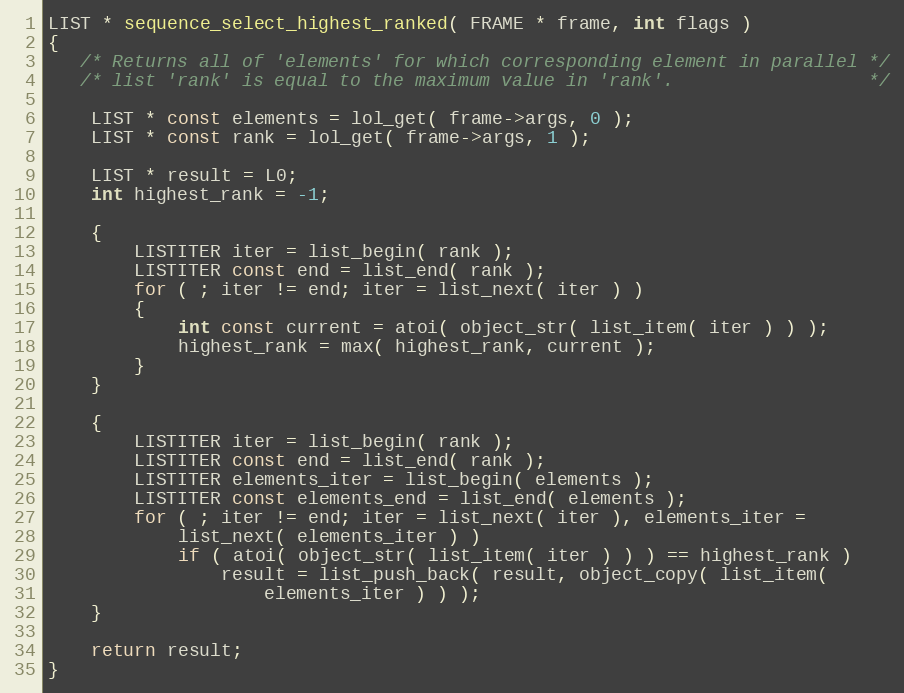
Language: C
LIST * sequence_select_highest_ranked( FRAME * frame, int flags )
{
   /* Returns all of 'elements' for which corresponding element in parallel */
   /* list 'rank' is equal to the maximum value in 'rank'.                  */

    LIST * const elements = lol_get( frame->args, 0 );
    LIST * const rank = lol_get( frame->args, 1 );

    LIST * result = L0;
    int highest_rank = -1;

    {
        LISTITER iter = list_begin( rank );
        LISTITER const end = list_end( rank );
        for ( ; iter != end; iter = list_next( iter ) )
        {
            int const current = atoi( object_str( list_item( iter ) ) );
            highest_rank = max( highest_rank, current );
        }
    }

    {
        LISTITER iter = list_begin( rank );
        LISTITER const end = list_end( rank );
        LISTITER elements_iter = list_begin( elements );
        LISTITER const elements_end = list_end( elements );
        for ( ; iter != end; iter = list_next( iter ), elements_iter =
            list_next( elements_iter ) )
            if ( atoi( object_str( list_item( iter ) ) ) == highest_rank )
                result = list_push_back( result, object_copy( list_item(
                    elements_iter ) ) );
    }

    return result;
}